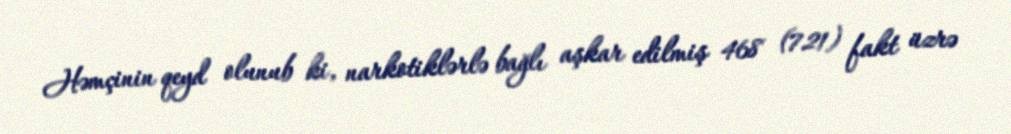
Həmçinin qeyd olunub ki, narkotiklərlə bağlı aşkar edilmiş 468 (721) fakt üzrə